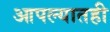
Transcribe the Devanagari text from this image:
आपल्यातही